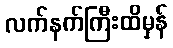
လက်နက်ကြီးထိမှန်